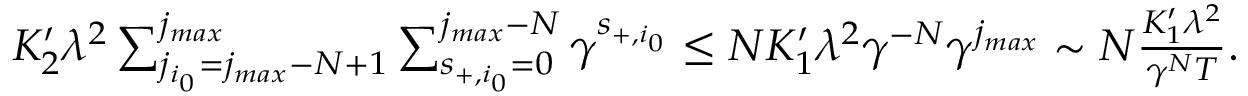
\begin{array} { r } { K _ { 2 } ^ { \prime } \lambda ^ { 2 } \sum _ { j _ { i _ { 0 } } = j _ { m a x } - N + 1 } ^ { j _ { m a x } } \sum _ { s _ { + , { i _ { 0 } } } = 0 } ^ { j _ { m a x } - N } \gamma ^ { s _ { + , { i _ { 0 } } } } \le N K _ { 1 } ^ { \prime } \lambda ^ { 2 } \gamma ^ { - N } \gamma ^ { j _ { m a x } } \sim N \frac { K _ { 1 } ^ { \prime } \lambda ^ { 2 } } { \gamma ^ { N } T } . } \end{array}